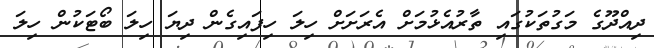
ދިއްދޫގެ މަގުތަކުގައި ތާރުއެޅުމަށް އެރަށަށް ހިލަ ހިފައިގެން ދިޔަ ހިލަ ބޯޓަކުން ހިލަ